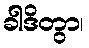
ခါဒိတွာ၊